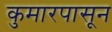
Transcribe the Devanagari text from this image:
कुमारपासून